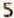
5